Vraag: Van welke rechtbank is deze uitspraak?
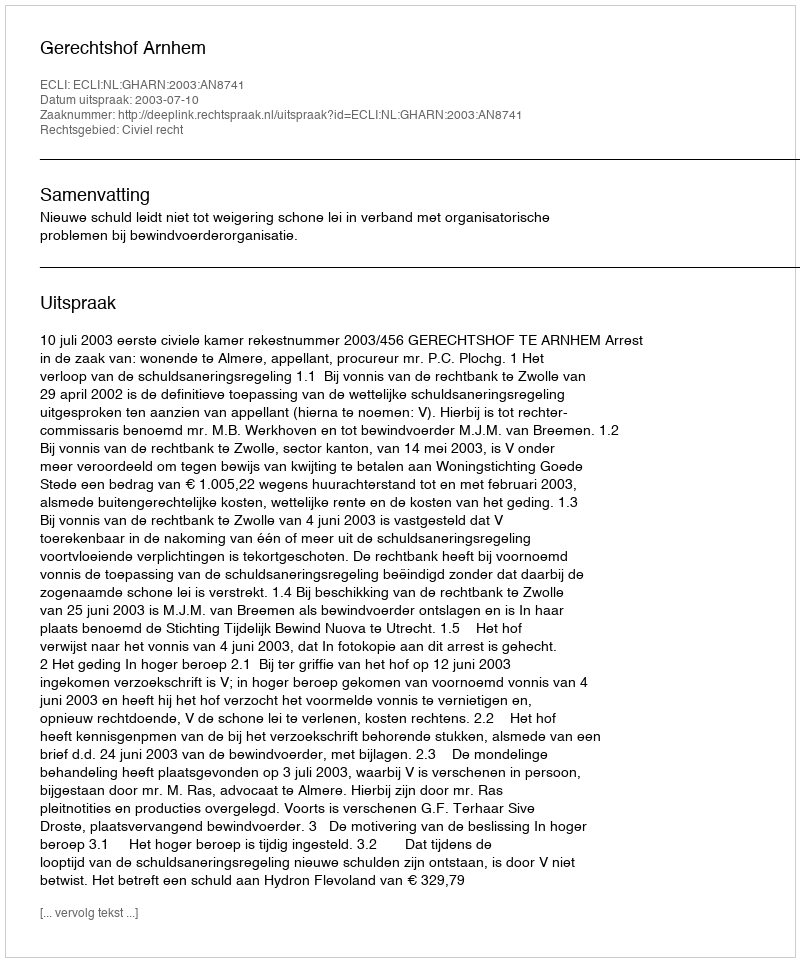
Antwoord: Gerechtshof Arnhem